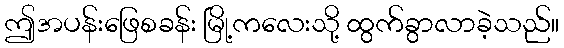
ဤအပန်းဖြေစခန်း မြို့ကလေးသို့ ထွက်ခွာလာခဲ့သည်။